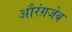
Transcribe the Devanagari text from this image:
औरंग़जेब